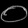
Digit: ၀